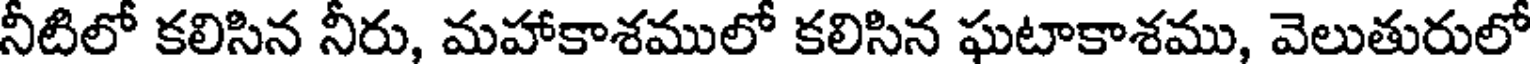
నీటిలో కలిసిన నీరు, మహాకాశములో కలిసిన ఘటాకాశము, వెలుతురులో